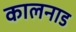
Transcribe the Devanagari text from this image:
कालनाड